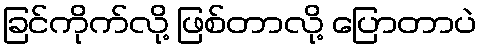
ခြင်ကိုက်လို့ ဖြစ်တာလို့ ပြောတာပဲ